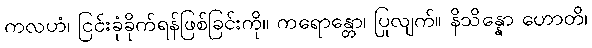
ကလဟံ၊ ငြင်းခုံခိုက်ရန်ဖြစ်ခြင်းကို။ ကရောန္တော၊ ပြုလျက်။ နိသိန္နော ဟောတိ၊